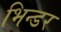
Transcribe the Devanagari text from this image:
भिन्डर